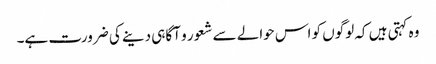
وہ کہتی ہیں کہ لوگوں کو اس حوالے سے شعور و آگاہی دینے کی ضرورت ہے۔